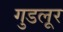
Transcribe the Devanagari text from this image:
गुडलूर